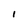
Character: I